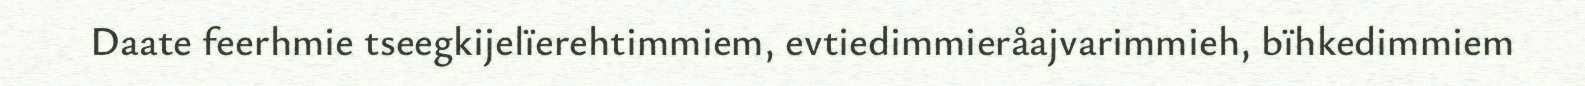
Daate feerhmie tseegkijelïerehtimmiem, evtiedimmieråajvarimmieh, bïhkedimmiem